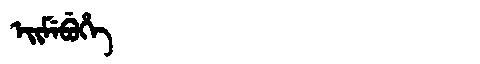
Manchu: ᡝᡳᠮᡝᠪᡠᡥᡝ
Romanization: EIMEBUHE